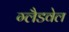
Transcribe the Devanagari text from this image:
ग्लैडवेल